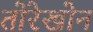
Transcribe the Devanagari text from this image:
तोरेखोन